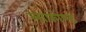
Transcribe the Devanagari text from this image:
लाफोण्ट